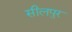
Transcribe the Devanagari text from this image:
सीलपुर